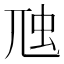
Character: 虺